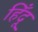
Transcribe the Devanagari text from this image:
हिँदू